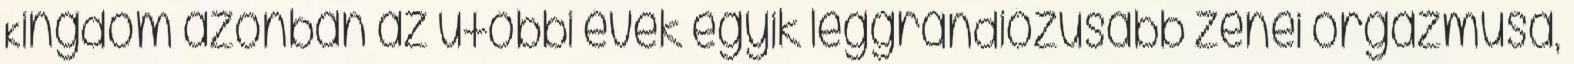
Kingdom azonban az utóbbi évek egyik leggrandiózusabb zenei orgazmusa,